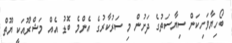
ބޯހިޔާވަހިކަން ސިޔާސަތުގެ ދަށުން މި ސަރުކާރުގެ އެންމެ ބޮޑު އެއް މަޝްރޫއަކީ ޔޫތް